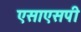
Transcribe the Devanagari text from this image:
एसाएसपी